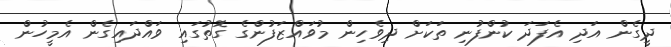
ދީގެން އަދި އެފަދަ ކުންފުނި ތަކަށް ދިވެހިން މުވައްޒަފުންގެ ގޮތުގަައި ވައްދައިގެން އެމީހުން